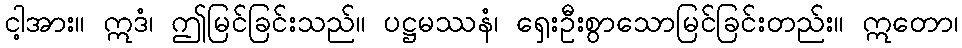
ငါ့အား။ ဣဒံ၊ ဤမြင်ခြင်းသည်။ ပဋ္ဌမဿနံ၊ ရှေးဦးစွာသောမြင်ခြင်းတည်း။ ဣတော၊